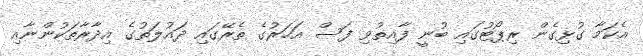
އެކަމާ ގުޅިގެން ރިޕޯޓުގައި ބުނީ ފާއިތުވި ފަސް އަހަރުގެ ތެރޭގައި ދައުލަތުގެ އިދާރާތަކުންނާއި